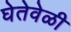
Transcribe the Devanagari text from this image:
घेतेवेळी